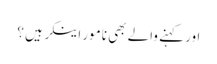
اور کہنے والے بھی نامور اینکر ہیں ؟